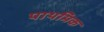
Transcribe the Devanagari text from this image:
पाथमिक